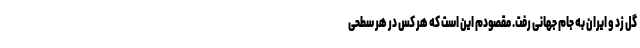
گل زد و ایران به جام جهانی رفت. مقصودم این است که هر کس در هر سطحی